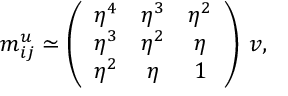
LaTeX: m _ { i j } ^ { u } \simeq \left( \begin{array} { c c c } { { \eta ^ { 4 } } } & { { \eta ^ { 3 } } } & { { \eta ^ { 2 } } } \\ { { \eta ^ { 3 } } } & { { \eta ^ { 2 } } } & { { \eta } } \\ { { \eta ^ { 2 } } } & { { \eta } } & { { 1 } } \end{array} \right) \: v ,